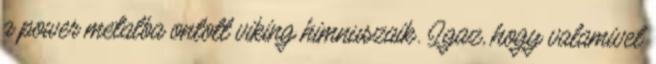
a power metalba ontott viking himnuszaik. Igaz, hogy valamivel